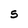
Character: S